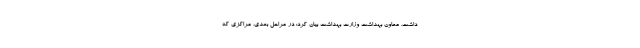
داشت. معاون بهداشت وزارت بهداشت بیان کرد: در مراحل بعدی، مراکزی که